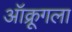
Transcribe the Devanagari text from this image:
ऑक्रूगला